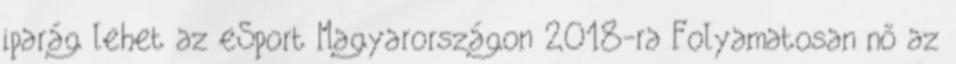
iparág lehet az eSport Magyarországon 2018-ra Folyamatosan nő az